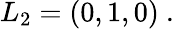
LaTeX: L_{2}=(0,1,0)\ .